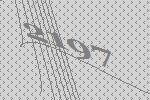
2197